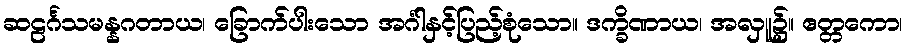
ဆဠင်္ဂသမန္နဂတာယ၊ ခြောက်ပါးသော အင်္ဂါနှင့်ပြည့်စုံသော။ ဒက္ခိဏာယ၊ အလှူ၌။ ဧတ္တကော၊